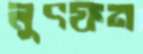
লুৎফন